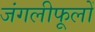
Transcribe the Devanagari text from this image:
जंगलीफूलों